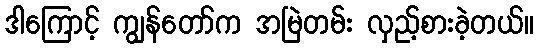
ဒါကြောင့် ကျွန်တော်က အမြဲတမ်း လှည့်စားခဲ့တယ်။